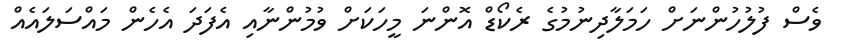
ވެސް ފުލުހުންނަށް ހަމަލާދިނުމުގެ ރެކޯޑް އޮންނަ މީހަކަށް ވުމުންނާއި އެފަދަ އެހެން މައްސަލައެއް